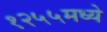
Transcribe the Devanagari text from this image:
१२५५मध्ये